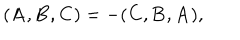
( { \bf A } , { \bf B } , { \bf C } ) = - ( { \bf C } , { \bf B } , { \bf A } ) ,